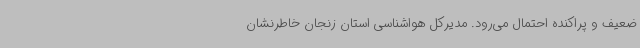
ضعیف و پراکنده احتمال می‌رود. مدیرکل هواشناسی استان زنجان خاطرنشان